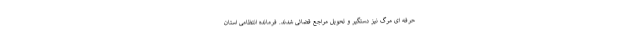
حرفه ای مرگ نیز دستگیر و تحویل مراجع قضائی شدند. فرمانده انتظامی استان